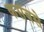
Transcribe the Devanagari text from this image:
कसबसे